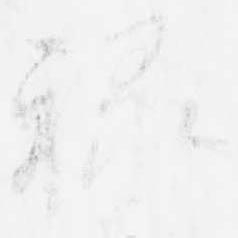
禄